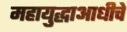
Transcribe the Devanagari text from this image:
महायुद्धाआधीचे